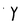
Character: Y